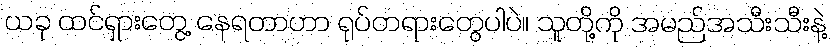
ယခု ထင်ရှားတွေ့ နေရတာဟာ ရုပ်တရားတွေပါပဲ။ သူတို့ကို အမည်အသီးသီးနဲ့